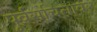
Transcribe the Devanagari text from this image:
पूर्वसंचितावर